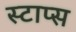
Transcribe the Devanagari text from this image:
स्टाप्स